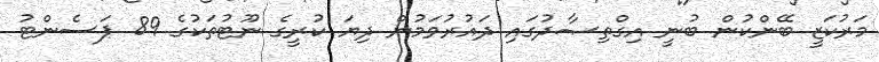
މަރުކަޒީ ބޭންކުން ބުނީ އިގްތިޞާދުގައި ދައުރުވަމުން ދިޔަ ކުރީގެ ނޫޓުތަކުގެ 89 ޕަސެންޓު